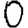
Digit: 0